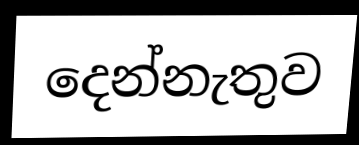
දෙන්නැතුව